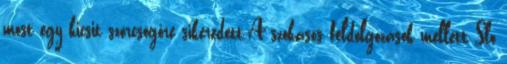
most egy kicsit szörcsögőre sikeredett.A szokásos feldolgozások mellett Slo